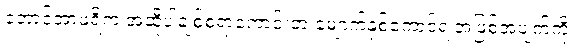
တောင်အာဖရိက အဆိုပါချစ်စရာကောင်းတဲ့ မျောက်နှစ်ကောင်ရဲ့အဖြစ်အပျက်ကို